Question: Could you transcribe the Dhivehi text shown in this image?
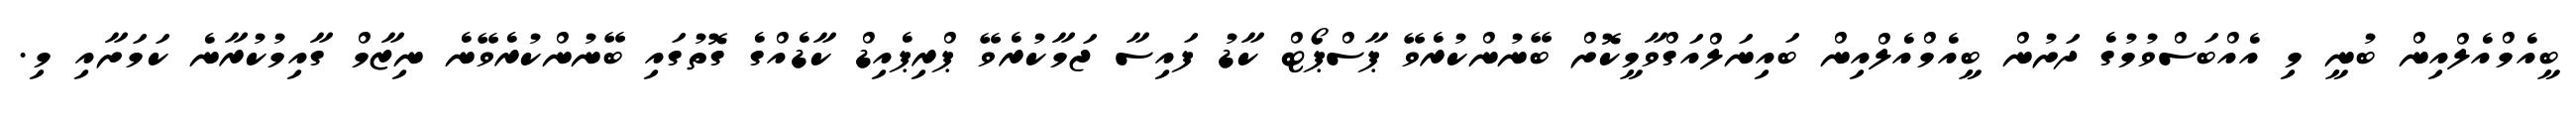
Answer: ބީއެމްއެލްއިން ބުނީ މި އެއްބަސްވުމުގެ ދަށުން ބީއެމްއެލްއިން ބައިނަލްއަގްވާމީކޮށް ބޭނުންކުރެވޭ ޕާސްޕޯޓް ކާޑު ފައިސާ ޖަމާކުރެވޭ ޕްރިޕެއިޑް ކާޑެއްގެ ގޮތުގައި ބޭނުންކުރެވޭނެ ނިޒާމް ގާއިމުކުރާނެ ކަމަށާއި މި.